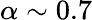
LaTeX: \alpha\sim 0.7